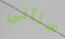
ستأتي